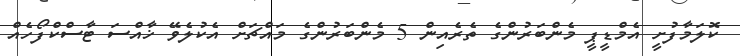
ކޮލަމާފުށީ އެމްޑީޕީ މެންބަރުންގެ ތެރެއިން 5 މެންބަރުންގެ މައްޗަށް އެކުލެވޭ ޚާއްސަ ޓާސްކްފޯހެއް